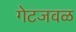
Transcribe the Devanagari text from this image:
गेटजवळ